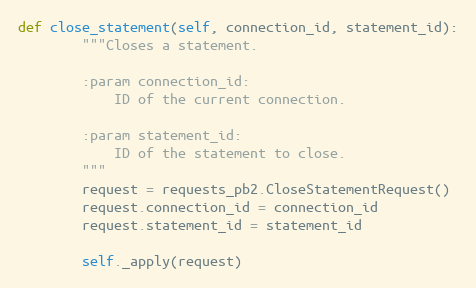
Language: Python
def close_statement(self, connection_id, statement_id):
        """Closes a statement.

        :param connection_id:
            ID of the current connection.

        :param statement_id:
            ID of the statement to close.
        """
        request = requests_pb2.CloseStatementRequest()
        request.connection_id = connection_id
        request.statement_id = statement_id

        self._apply(request)